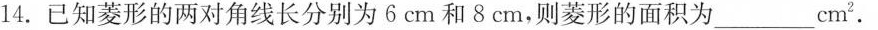
14.已知菱形的两对角线长分别为6cm和8cm，则菱形的面积为_________cm^(2).